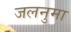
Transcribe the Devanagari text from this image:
जलनुमा